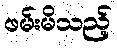
ဖမ်းမိသည့်